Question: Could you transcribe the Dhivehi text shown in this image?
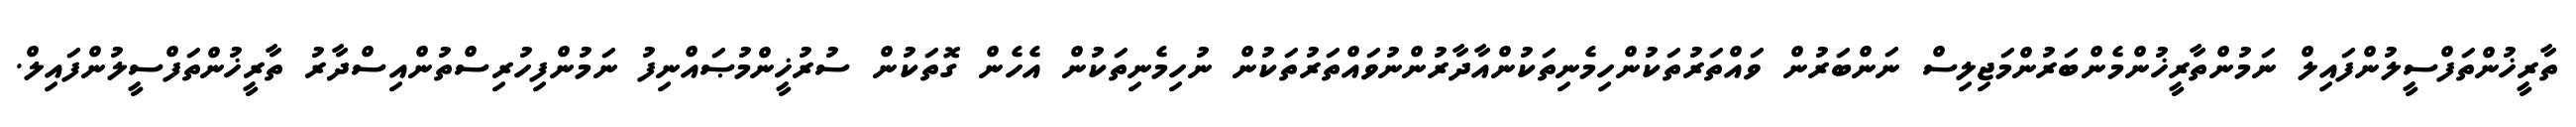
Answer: ތާރީޚުންތަފްސީލުންފައިލް ނަމުންތާރީޚުންމެންބަރުންމަޖިލިސް ނަންބަރުން ވައްތަރުތަކުންހިމެނިތަކުންއާދާރުންނުވައްތަރުތަކުން ނުހިމެނިތަކުން އެހެން ގޮތަކުން ސުރުޚީންމުޞައްނިފު ނަމުންފިހުރިސްތުންއިސްދާރު ތާރީޚުންތަފްސީލުންފައިލް.